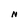
Character: N